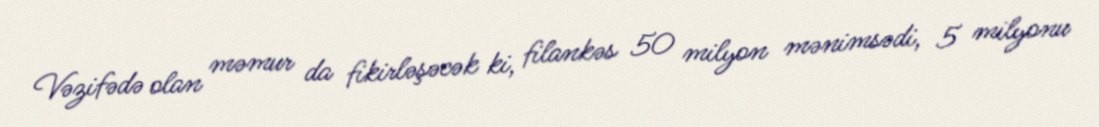
Vəzifədə olan məmur da fikirləşəcək ki, filankəs 50 milyon mənimsədi, 5 milyonu